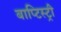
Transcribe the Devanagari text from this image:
बाप्टिस्ट्री